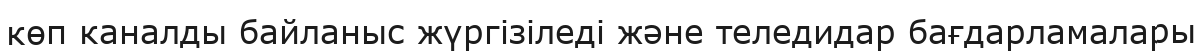
көп каналды байланыс жүргізіледі және теледидар бағдарламалары